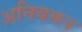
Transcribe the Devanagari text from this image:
अनियमन